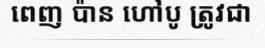
ពេញ ប៉ាន ហៅបូ ត្រូវជា